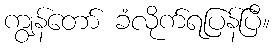
ကျွန်တော် ခံလိုက်ရပြန်ပြီ။